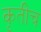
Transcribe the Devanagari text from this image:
कृतीच